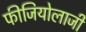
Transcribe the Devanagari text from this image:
फीजियोलाजी